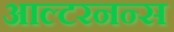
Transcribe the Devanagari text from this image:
आल्टरनन्स